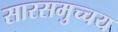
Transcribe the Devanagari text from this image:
सारसमुच्चय